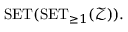
\operatorname { S E T } ( \operatorname { S E T } _ { \geq 1 } ( { \mathcal { Z } } ) ) .